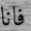
فانا